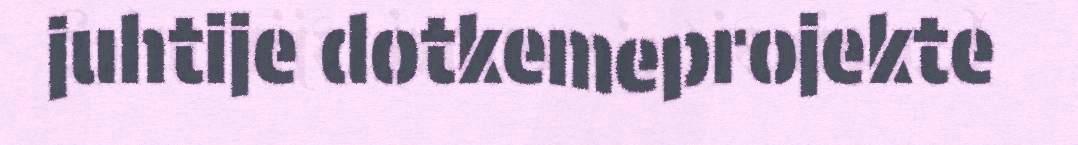
juhtije dotkemeprojekte